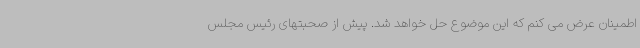
اطمینان عرض می کنم که این موضوع حل خواهد شد. پیش از صحبتهای رئیس مجلس